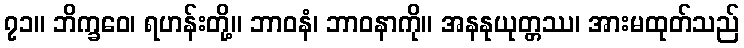
၇၁။ ဘိက္ခဝေ၊ ရဟန်းတို့။ ဘာဝနံ၊ ဘာဝနာကို။ အနနုယုတ္တဿ၊ အားမထုတ်သည်